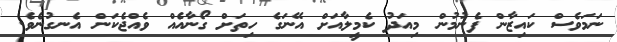
ނަމަވެސް ކައިޒާން ފެނުމުން މިއަދު ކެމީލާއަށް އޭނަގެ ހިތަށް ގޯނާއެއް ވެއްޖެކަން އެނގުނެވެ.